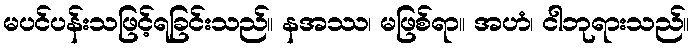
မပင်ပန်းသဖြင့်ရခြင်းသည်။ နအဿ၊ မဖြစ်ရာ။ အဟံ၊ ငါဘုရားသည်။